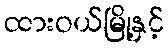
ထားဝယ်မြို့နှင့်